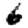
Digit: 6